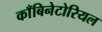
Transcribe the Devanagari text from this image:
काँबिनेटोरियल